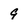
Character: 9